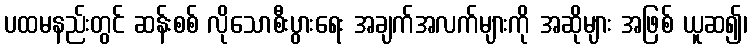
ပထမနည်းတွင် ဆန်းစစ် လိုသောစီးပွားရေး အချက်အလက်များကို အဆိုများ အဖြစ် ယူဆ၍၊